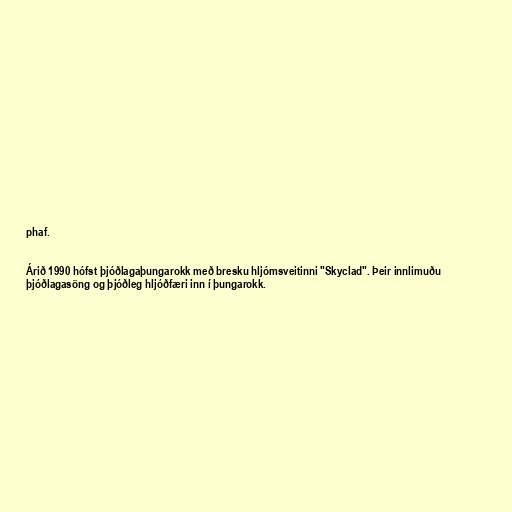
phaf.

Árið 1990 hófst þjóðlagaþungarokk með bresku hljómsveitinni "Skyclad". Þeir innlimuðu
þjóðlagasöng og þjóðleg hljóðfæri inn í þungarokk.